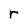
Character: r